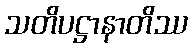
သတိပဋ္ဌာနာတိဿ